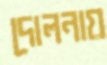
দোলনায়